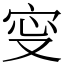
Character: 㝕